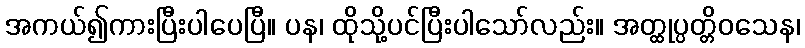
အကယ်၍ကားပြီးပါပေပြီ။ ပန၊ ထိုသို့ပင်ပြီးပါသော်လည်း။ အတ္ထုပ္ပတ္တိဝသေန၊